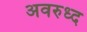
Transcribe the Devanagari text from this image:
अवरुध्द